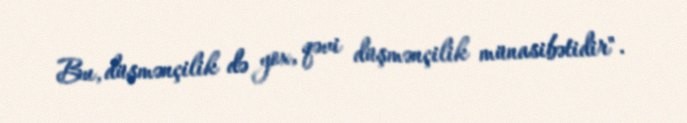
Bu, düşmənçilik də yox, qəvi düşmənçilik münasibətidir".